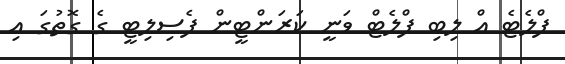
ފްލެޓެ އް ލިބި ފްލެޓް ވަނީ ކަރަންޓީން ފެސިލިޓީ ގެ ގޮތުގަ އި